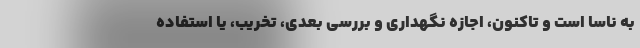
به ناسا است و تاکنون، اجازه نگهداری و بررسی بعدی، تخریب، یا استفاده